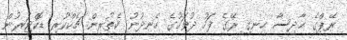
ރޭޕްގެ ޙާދިސާ ހިނގި ރޭގެ ފަހު ދުވަހުގެ ހެނދުނު ކެތުރިން ޗެކްކުރި ޑޮކްޓަރުން